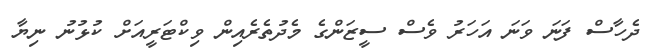
ދެހާސް ފަނަ ވަނަ އަހަރު ވެސް ސީޒަންގެ މެދުތެރެއިން ވިކްޓަރީއަށް ކުޅުނު ނިޔާ